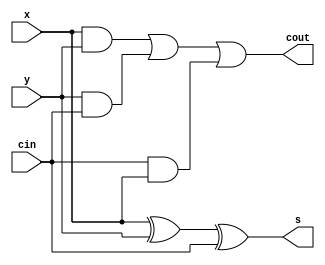
`timescale 1ns / 1ps
//////////////////////////////////////////////////////////////////////////////////
// Company: 
// Engineer: 
// 
// Design Name: 
// Module Name: Full_Adder
// Project Name: 
// Target Devices: 
// Tool Versions: 
// Description: 
// 
// Dependencies: 
// 
// Revision:
// Revision 0.01 - File Created
// Additional Comments:
// 
//////////////////////////////////////////////////////////////////////////////////





module Full_Adder(s,cout,x,y,cin);
    input x,y,cin;
    output s,cout;
    
    assign s=x^y^cin;
    assign cout= x&y|y&cin|cin&x;
    
    
endmodule